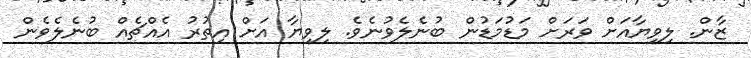
ޒާން. ލިވިޔާއަށް ވަރަށް މަޑުމަޑުން ބުނެލެވުނެވެ. ލިވިޔާ އަށް އިތުރު އެއްޗެއް ބުނެލެވެން